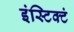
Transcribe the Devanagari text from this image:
इंस्टिक्टं